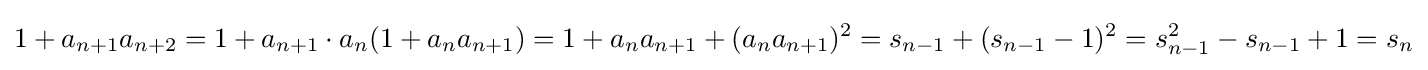
1+a_{n+1}a_{n+2}=1+a_{n+1}\cdot a_{n}(1+a_{n}a_{n+1})=1+a_{n}a_{n+1}+(a_{n}a_{n+1})^{2}=s_{n-1}+(s_{n-1}-1)^{2}=s_{n-1}^{2}-s_{n-1}+1=s_{n}